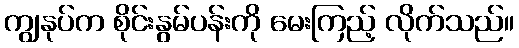
ကျွနုပ်က စိုင်းနွမ်ပန်းကို မေးကြည့် လိုက်သည်။